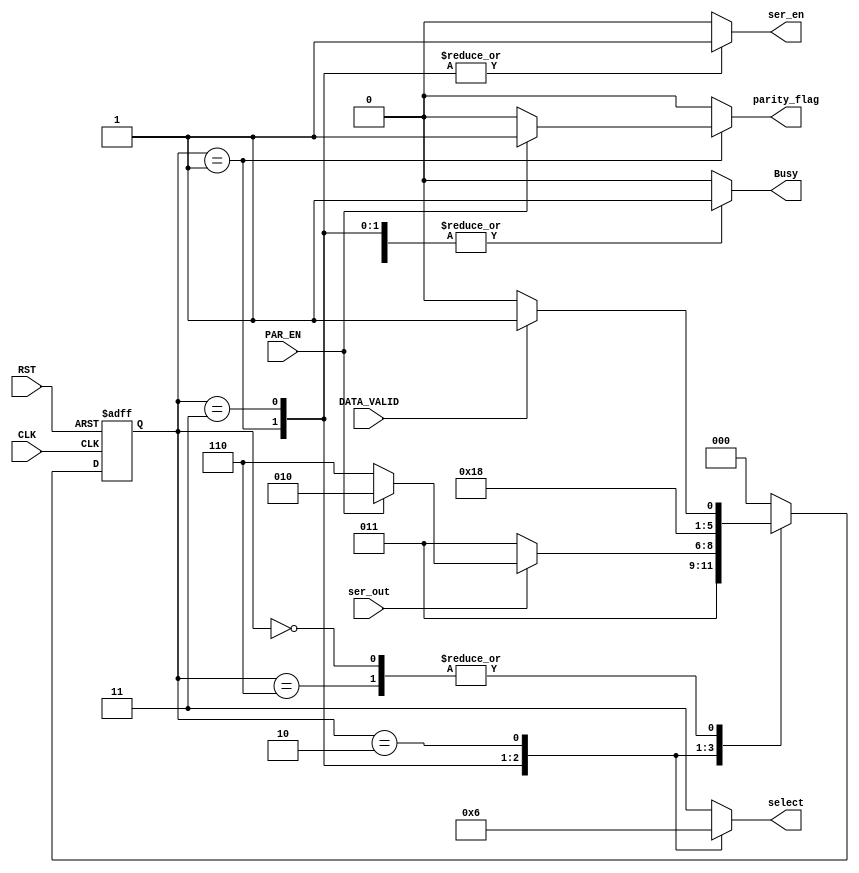
module FSM_TX (
 input wire                                     DATA_VALID,ser_out,CLK,RST,PAR_EN,
 output reg           [1:0]                   select,
 output reg                                    parity_flag,ser_en,Busy
);

reg                       [2:0]                  current_state, next_state ;

localparam IDLE=3'b000  ,
                 STR=3'b001   ,
				 DATA=3'b011 ,
				 P=3'b010       ,
				 STP=3'b110   ;

always @(posedge CLK or negedge RST)
 begin
     if(!RST)
	  begin
	     current_state<=IDLE ;
	  end
	  
	 else
	  begin
	     current_state<=next_state ;
	  end
	  
 end

always @(*)
 begin
     parity_flag=1'b0 ;
	 Busy=1'b0 ;
	 select=2'b11 ;
	 ser_en=1'b0 ;
     case(current_state)
	     IDLE : begin
		             if(DATA_VALID)
					  begin
					     next_state=STR ;
					  end
					 else
					  next_state=IDLE ;
		          end
		 STR : begin
		             select=2'b00 ;
					 ser_en=1'b1 ;
					 Busy=1'b1 ;
					 if(PAR_EN)
					  parity_flag=1'b1 ;
					 else
					  parity_flag=1'b0 ;
					 next_state=DATA ;
				 end
		 DATA : begin
		             ser_en=1'b1 ;
					 select=2'b01 ;
					 Busy=1'b1 ;
					 if (ser_out)
					  begin
					     if(PAR_EN)
						  begin
						     next_state=P ;
						  end
						 else
						  next_state=STP ;
					  end
					  
					 else
					  next_state=DATA ;
				   end
		 P : begin
		         select=2'b10 ;
				 ser_en=1'b0 ;
				 Busy=1'b1 ;
				 next_state=STP ;
			  end
		 STP : begin
		             select=2'b11 ;
					 ser_en=1'b0 ;
					 Busy=1'b0 ;
					 parity_flag=1'b0 ;
					 if(DATA_VALID)
					  next_state=STR ;
					 else
					  next_state=IDLE ;
				 end
		 default : begin
		                 next_state=IDLE ;
					  end
	 endcase
	 
 end

endmodule